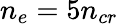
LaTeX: n_{e}=5n_{cr}